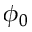
\phi _ { 0 }